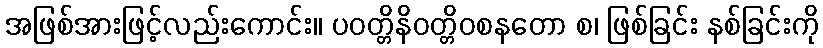
အဖြစ်အားဖြင့်လည်းကောင်း။ ပဝတ္တိနိဝတ္တိဝစနတော စ၊ ဖြစ်ခြင်း နစ်ခြင်းကို